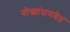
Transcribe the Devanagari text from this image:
योद्ध्यांसमवेत